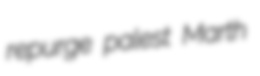
repurge palest Marth